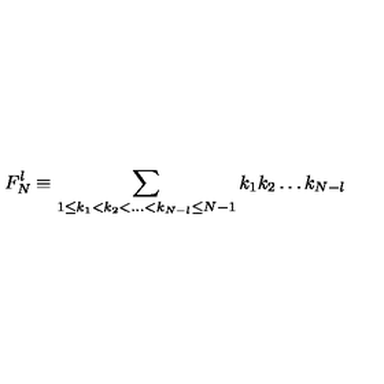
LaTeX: F _ { N } ^ { l } \equiv \sum _ { 1 \leq k _ { 1 } < k _ { 2 } < \dots < k _ { N - l } \leq N - 1 } k _ { 1 } k _ { 2 } \dots k _ { N - l }